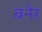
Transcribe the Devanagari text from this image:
बनेर